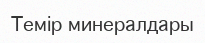
Темір минералдары